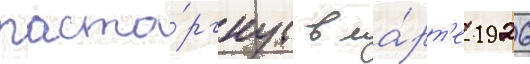
расто́ргнут в ма́рт'е 1926